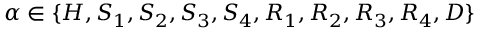
\alpha \in \{ H , S _ { 1 } , S _ { 2 } , S _ { 3 } , S _ { 4 } , R _ { 1 } , R _ { 2 } , R _ { 3 } , R _ { 4 } , D \}